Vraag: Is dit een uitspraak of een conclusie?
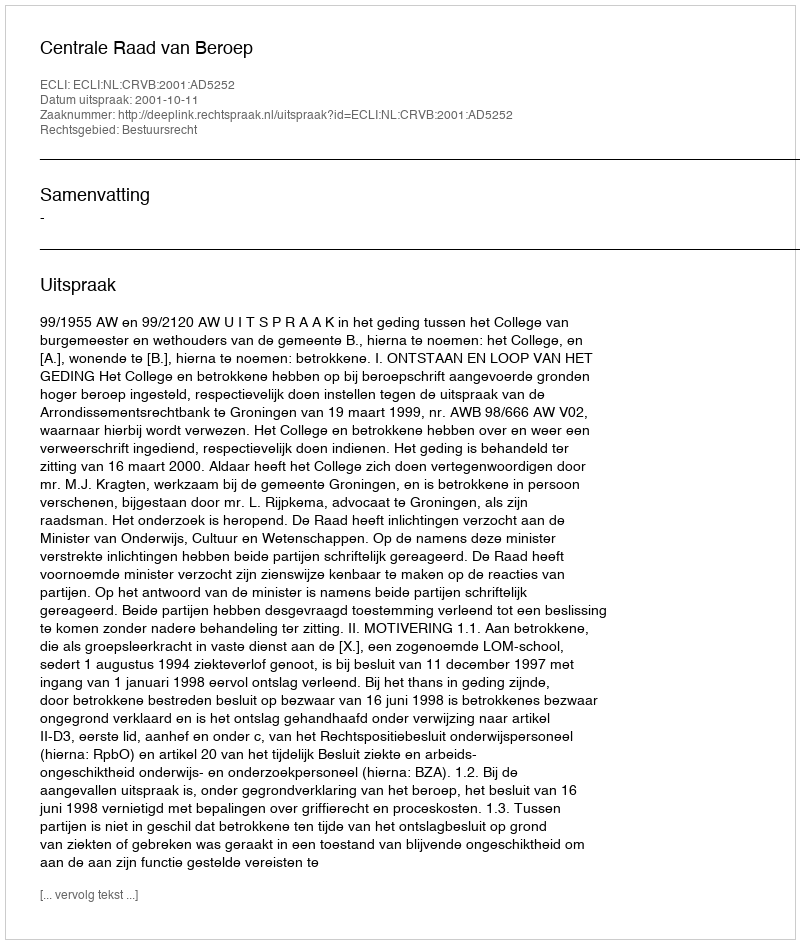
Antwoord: Uitspraak